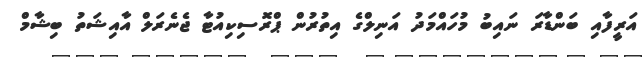
އަރީފާއި ބަންޑާރަ ނައިބު މުހައްމަދު އަނިލްގެ އިތުރުން ޕްރޮސިކިއުޓާ ޖެނެރަލް އާއިޝަތު ބިޝާމް